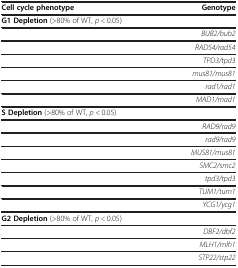
<table><thead><tr><td><b>Cell cycle phenotype</b></td><td><b>Genotype</b></td></tr><tr><td><b>G1 Depletion (&gt;80% of WT, <i>p &lt;</i> 0.05)</b></td><td><b> </b></td></tr></thead><tbody><tr><td> </td><td><i>BUB2/bub2</i></td></tr><tr><td> </td><td><i>RAD54/rad54</i></td></tr><tr><td> </td><td><i>TPD3/tpd3</i></td></tr><tr><td> </td><td><i>mus81/mus81</i></td></tr><tr><td> </td><td><i>rad1/rad1</i></td></tr><tr><td> </td><td><i>MAD1/mad1</i></td></tr><tr><td><b>S Depletion</b> (&gt;80% of WT, <i>p &lt;</i> 0.05)</td><td> </td></tr><tr><td> </td><td><i>RAD9/rad9</i></td></tr><tr><td> </td><td><i>rad9/rad9</i></td></tr><tr><td> </td><td><i>MUS81/mus81</i></td></tr><tr><td> </td><td><i>SMC2/smc2</i></td></tr><tr><td> </td><td><i>tpd3/tpd3</i></td></tr><tr><td> </td><td><i>TUM1/tum1</i></td></tr><tr><td> </td><td><i>YCG1/ycg1</i></td></tr><tr><td><b>G2 Depletion</b> (&gt;80% of WT, <i>p &lt;</i> 0.05)</td><td> </td></tr><tr><td> </td><td><i>DBF2/dbf2</i></td></tr><tr><td> </td><td><i>MLH1/mlh1</i></td></tr><tr><td> </td><td><i>STP22/stp22</i></td></tr></tbody></table>